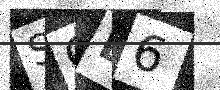
Text: SCL6